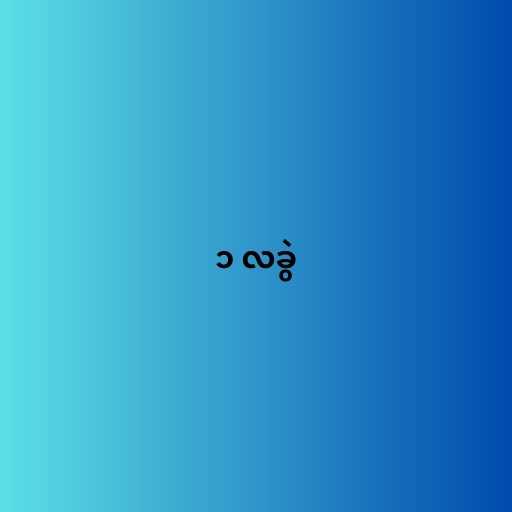
၁ လခွဲ